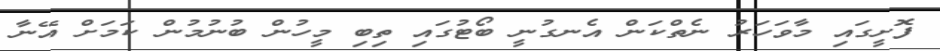
ފޮށީގައި މާވަހަރު ނެތްކަން އެނގުނީ ބޯޓުގައި ތިބި މީހުން ބުނުމުން ކަމަށް އޭނާ